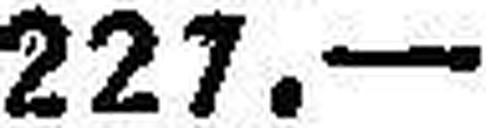
227.—